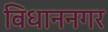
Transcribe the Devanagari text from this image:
विधाननगर